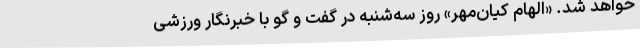
خواهد شد. «الهام کیان‌مهر» روز سه‌شنبه در گفت و گو با خبرنگار ورزشی